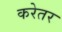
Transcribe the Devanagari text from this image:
करेतर